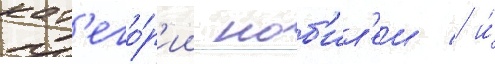
кат'его́р'ии ноб'ил'еи / и́